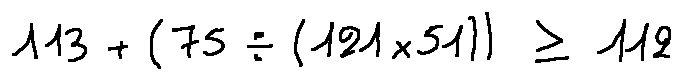
1 1 3 + ( 7 5 \div ( 1 2 1 \times 5 1 ) ) \geq 1 1 2